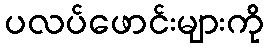
ပလပ်ဖောင်းများကို